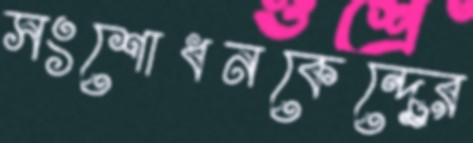
সংশোধনকেন্দ্র্রে